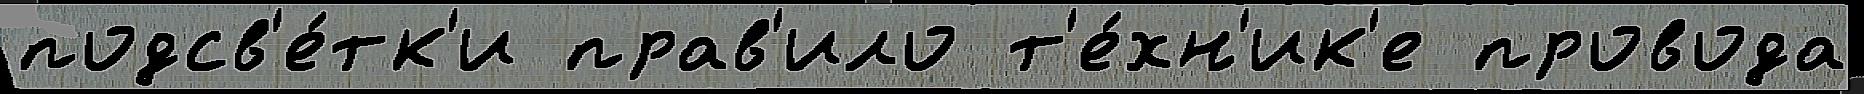
подсв'е́тк'и прав'ило т'е́хн'ик'е провода